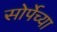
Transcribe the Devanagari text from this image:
सोर्पेच्या